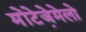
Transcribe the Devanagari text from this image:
मोंटेजे़मेलो